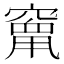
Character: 𮄒